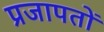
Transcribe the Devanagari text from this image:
प्रजापतों